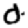
Digit: 0